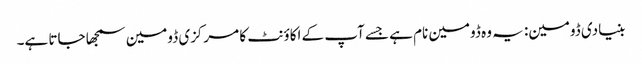
بنیادی ڈومین: یہ وہ ڈومین نام ہے جسے آپ کے اکاؤنٹ کا مرکزی ڈومین سمجھا جاتا ہے۔